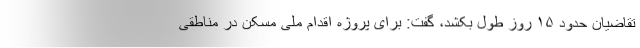
تقاضیان حدود ۱۵ روز طول بکشد، گفت: برای پروژه اقدام ملی مسکن در مناطقی